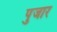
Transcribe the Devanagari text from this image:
पुजार